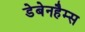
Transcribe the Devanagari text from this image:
डेबेनहैम्स